Annual report of the Imperial Bacteriological Laboratory, Muktesar
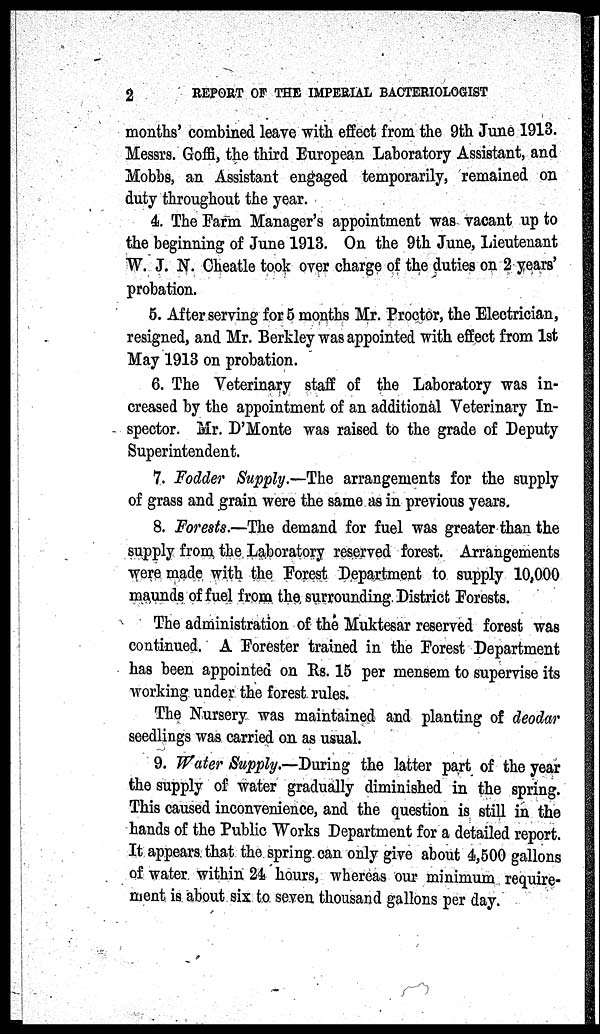
2
REPORT OF THE IMPERIAL BACTERIOLOGIST
months' combined leave with effect from the 9th June 1913.
Messrs. Goffi, the third European Laboratory Assistant, and
Mobbs, an Assistant engaged temporarily, remained on
duty throughout the year.
4. The Farm Manager's appointment was vacant up to
the beginning of June 1913. On the 9th June, Lieutenant
W. J. N. Cheatle took over charge of the duties on 2 years'
probation.
5. After serving for 5 months Mr. Proctor, the Electrician,
resigned, and Mr. Berkley was appointed with effect from 1st
May 1913 on probation.
6. The Veterinary staff of the Laboratory was in-
creased by the appointment of an additional Veterinary In-
spector. Mr. D'Monte was raised to the grade of Deputy
Superintendent.
7. Fodder Supply.—The arrangements for the supply
of grass and grain were the same as in previous years.
8. Forests.—The demand for fuel was greater than the
supply from, the Laboratory reserved forest. Arrangements
were made with the Forest Department to supply 10,000
maunds of fuel from the surrounding.District Forests.
The administration of the Muktesar reserved forest was
continued. A Forester trained in the Forest Department
has been appointed on Rs. 15 per mensem to supervise its
working under the forest rules.
The Nursery was maintained and planting of deodar
seedlings was carried on as usual.
9. Water Supply.—During the latter part of the year
the supply of water gradually diminished in the spring.
This caused inconvenience, and the question is still in the
hands of the Public Works Department for a detailed report.
It appears that the spring can only give about 4,500 gallons
of water within 24 hours, whereas our minimum require-
ment is about six to seven thousand gallons per day.